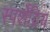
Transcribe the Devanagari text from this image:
स्पर्शेंद्रिय